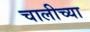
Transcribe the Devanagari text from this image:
चालीच्या